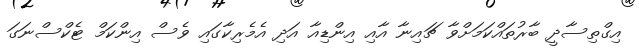
އިގްތިސާދީ ބާރުތައްކަމަށްވާ ޗައިނާ އާއި އިންޑިއާ އަދި އެމެރިކާގައި ވެސް އިންކަމް ޓެކްސްނަގަ